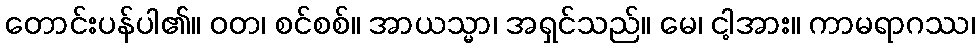
တောင်းပန်ပါ၏။ ဝတ၊ စင်စစ်။ အာယသ္မာ၊ အရှင်သည်။ မေ၊ ငါ့အား။ ကာမရာဂဿ၊